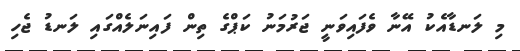
މި ލަނޑާއެކު އޭނާ ވެފައިވަނީ ޖަރުމަނު ކަޕްގެ ތިން ފައިނަލެއްގައި ލަނޑު ޖެހި